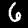
Digit: 6